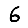
Digit: 6